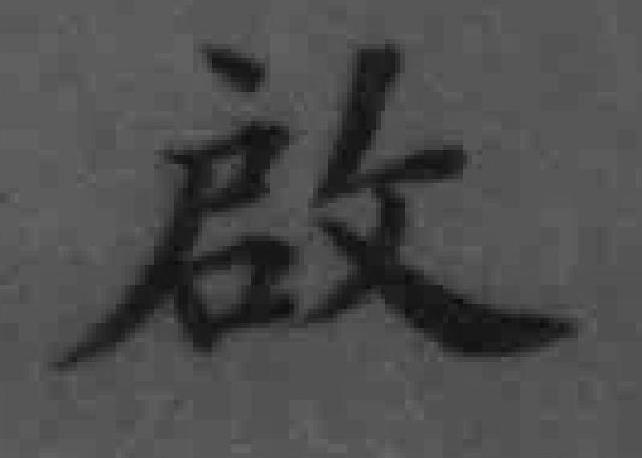
啟